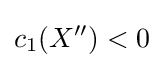
c_{1}(X'')<0